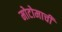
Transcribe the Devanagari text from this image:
मोटोमाची